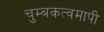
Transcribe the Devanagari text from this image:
चुम्बकत्वमापी